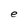
Character: e